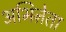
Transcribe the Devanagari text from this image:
अभिऩेता